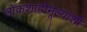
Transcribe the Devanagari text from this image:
लोकशाहीमूल्यांशी